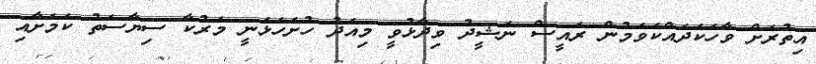
އިތުރަށް ވާހަކަދައްކަވަމުން ރައީސް ނަޝީދު ވިދާޅުވީ މިއަދު ހުށަހަޅަނީ މަރުކާ ސިޔާސަތު ކަމަށާއި